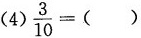
(4)$$\frac{3}{10}=( )$$